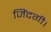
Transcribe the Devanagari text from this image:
जिंदगी।